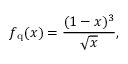
f _ { \mathrm { q } } ( x ) = \frac { ( 1 - x ) ^ { 3 } } { \sqrt x } ,